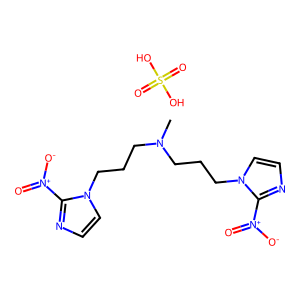
SMILES: CN(CCCn1ccnc1[N+](=O)[O-])CCCn1ccnc1[N+](=O)[O-].O=S(=O)(O)O
Inhibits HIV replication: No